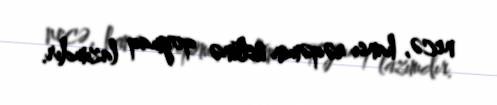
necə, hansı rəqəmin üstünə qoymaq lazımdır.